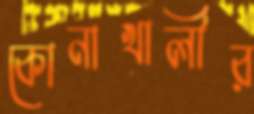
কোনাখালীর